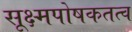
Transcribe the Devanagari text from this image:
सूक्ष्मपोषकतत्व